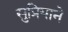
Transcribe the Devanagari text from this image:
सुप्रियाने